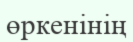
өркенінің